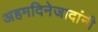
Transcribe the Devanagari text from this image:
अहमदिनेजादांनी